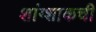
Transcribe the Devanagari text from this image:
शांग्शाकची